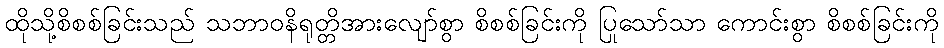
ထိုသို့စိစစ်ခြင်းသည် သဘာဝနိရုတ္တိအားလျော်စွာ စိစစ်ခြင်းကို ပြုသော်သာ ကောင်းစွာ စိစစ်ခြင်းကို